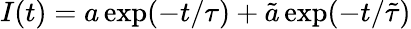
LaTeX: I(t)=a\exp(-t/\tau)+\tilde{a}\exp(-t/\tilde{\tau})